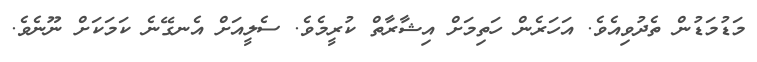
މަޑުމަޑުން ތެދުވިއެވެ. އަހަރެން ހަތިމަށް އިޝާރާތް ކުރީމެވެ. ސެލީއަށް އެނގޭނެ ކަމަކަށް ނޫނެވެ.